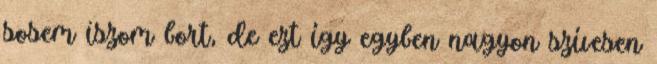
sosem iszom bort, de ezt így egyben nagyon szívesen